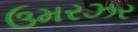
ઉમરઝર